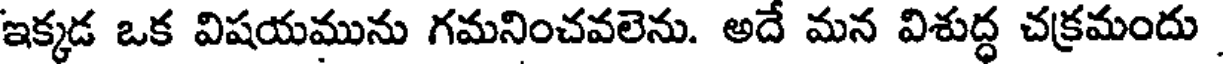
ఇక్కడ ఒక విషయమును గమనించవలెను. అదే మన విశుద్ధ చక్రమందు